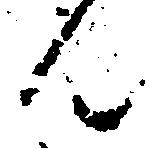
ん